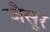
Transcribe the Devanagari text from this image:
जैसूर